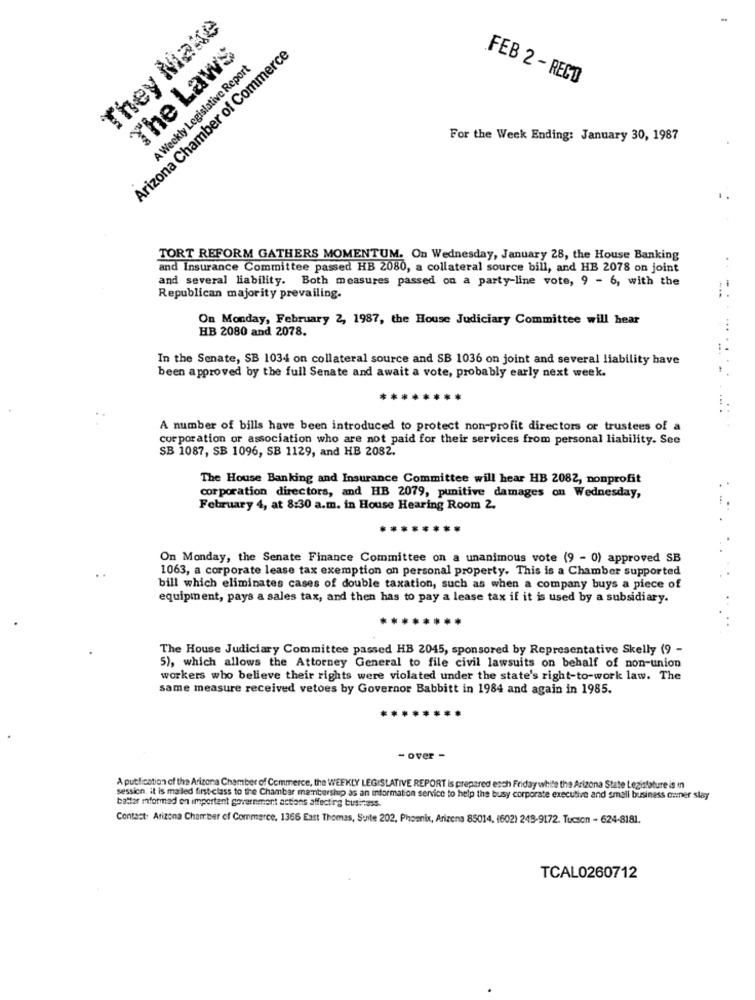
They Make
The Laws
Arizona Chamber of Commerce
A Weekly Legislative Report
.FEB 2 - RECTO
For the Week Ending: January 30, 1987
TORT REFORM GATHERS MOMENTUM. On Wednesday, January 28, the House Banking
and Insurance Committee passed HB 2080, a collateral source bill, and HB 2078 on joint
and several liability. Both measures passed on a party-line vote, 9 - 6, with the
Republican majority prevailing.
...
On Monday, February 2, 1987, the House Judiciary Committee will hear
HB 2080 and 2078.
In the Senate, SB 1034 on collateral source and SB 1036 on joint and several liability have
been approved by the full Senate and await a vote, probably early next week.
A number of bills have been introduced to protect non-profit directors or trustees of a
corporation or association who are not paid for their services from personal liability. See
SB 1087, SB 1096, SB 1129, and HB 2082.
The House Banking and Insurance Committee will hear HB 2082, nonprofit
corporation directors, and HB 2079, punitive damages on Wednesday,
February 4, at 8:30 a.m. in House Hearing Room 2.
On Monday, the Senate Finance Committee on a unanimous vote (9 - 0) approved SB
1063, a corporate lease tax exemption on personal property. This is a Chamber supported
bill which eliminates cases of double taxation, such as when a company buys a piece of
equipment, pays a sales tax, and then has to pay a lease tax if it is used by a subsidiary.
..
The House Judiciary Committee passed HB 2045, sponsored by Representative Skelly (9 -
5), which allows the Attorney General to file civil lawsuits on behalf of non-union
workers who believe their rights were violated under the state's right-to-work law. The
same measure received vetoes by Governor Babbitt in 1984 and again in 1985.
- over -
A putfication of the Arizona Chamber of Commerce, the WEEKLY LEGISLATIVE REPORT is prepared esch Friday while the Arizona State Legislature is In
session. it is mailed first-class to the Chamber membership as an information service to help the busy corporate executive and small business corner slay
batlar mformad on important government actions affecting business.
Contact: Arizona Chamber of Commerce, 1366 East Thomas, Suite 202, Phoenix, Arizona 85014. (602) 249-9172. Tucson - 624-8181.
TCAL0260712